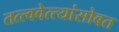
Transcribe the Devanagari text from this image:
तत्त्ववेत्त्यांसोबत